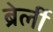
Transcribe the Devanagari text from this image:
ब्रेर्ली